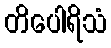
တိပေါရိသံ